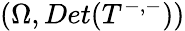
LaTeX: (\Omega,Det(T^{-,-}))